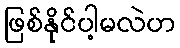
ဖြစ်နိုင်ပါ့မလဲဟ